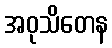
အဝုသိတေန